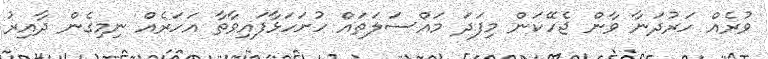
ވުރެއް ހަރުދަނާ ވާން ޖެހޭކަން މިފަދަ މަައްސަލަތައް ހުށަހަޅާފައިވާތާ އަހަރެއް ނިމިގެން ދާއިރު